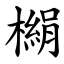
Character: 㯞